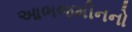
આભજમીનનો